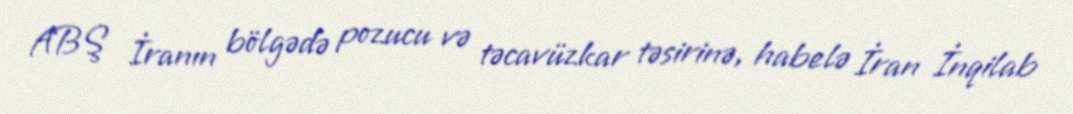
ABŞ İranın bölgədə pozucu və təcavüzkar təsirinə, habelə İran İnqilab